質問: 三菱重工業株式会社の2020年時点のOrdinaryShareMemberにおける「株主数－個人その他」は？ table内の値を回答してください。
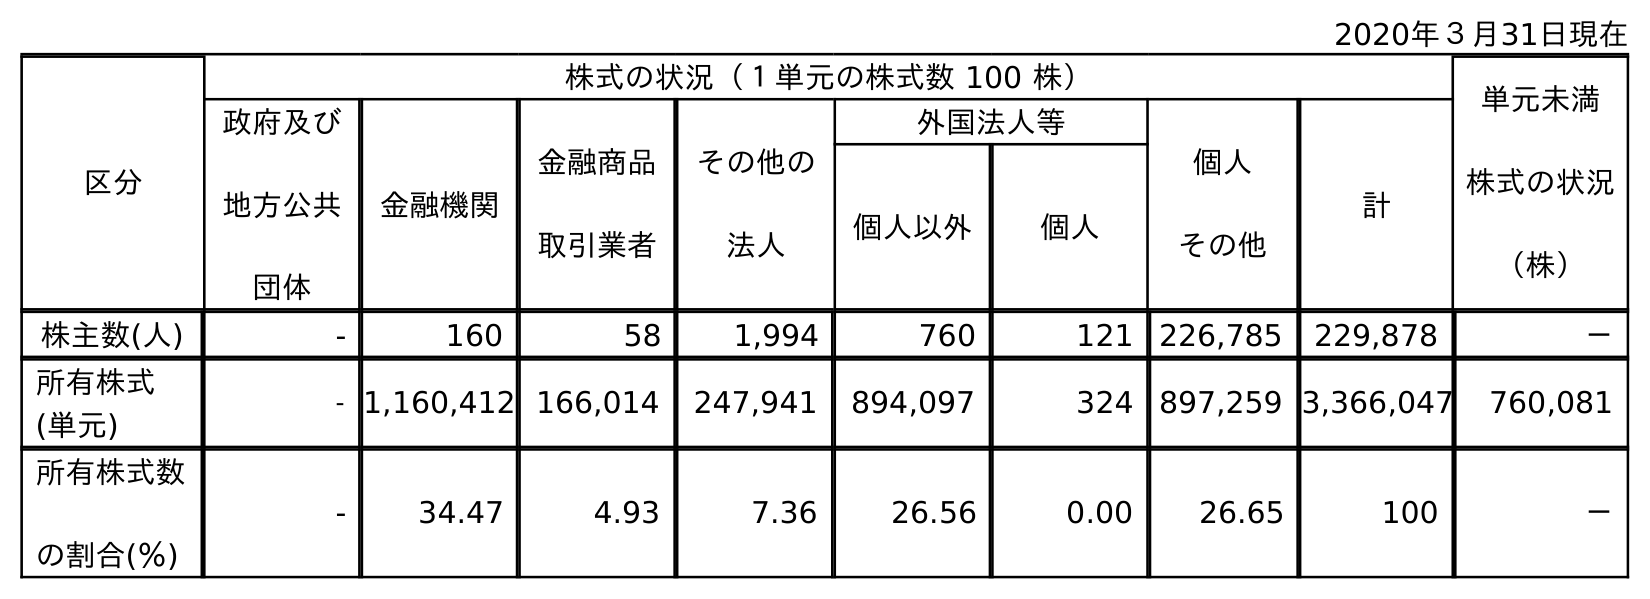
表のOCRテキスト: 2020年３月31日現在 区分 株式の状況（１単元の株式数 100 株） 単元未満 株式の状況 （株） 政府及び 地方公共 団体 金融機関 金融商品 取引業者 その他の 法人 外国法人等 個人 その他 計 個人以外 個人 株主数(人) - 160 58 1,994 760 121 226,785 229,878 － 所有株式 (単元) - 1,160,412 166,014 247,941 894,097 324 897,259 3,366,047 760,081 所有株式数 の割合(％) - 34.47 4.93 7.36 26.56 0.00 26.65 100 －
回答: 226,785